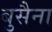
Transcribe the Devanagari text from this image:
बुसैना